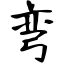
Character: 弯